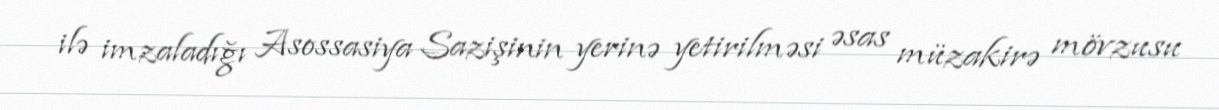
ilə imzaladığı Asossasiya Sazişinin yerinə yetirilməsi əsas müzakirə mövzusu